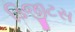
ડિજીટસ